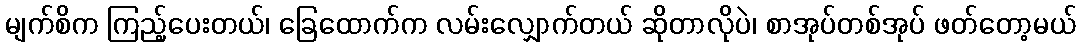
မျက်စိက ကြည့်ပေးတယ်၊ ခြေထောက်က လမ်းလျှောက်တယ် ဆိုတာလိုပဲ၊ စာအုပ်တစ်အုပ် ဖတ်တော့မယ်